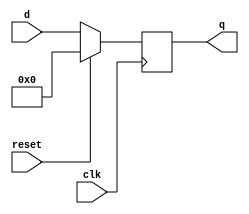
module reg32(clk, reset, d, q);
input clk, reset;
input [31:0] d;
output [31:0] q;
reg [31:0] q;
always @ (negedge clk) begin
  if (reset) begin
    q <= 0;
  end else begin
    q <= d;
  end
end
endmodule